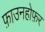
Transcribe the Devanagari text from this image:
फ़ाउनहोफ़र